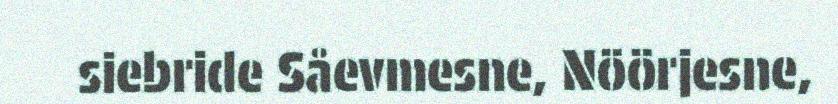
siebride Såevmesne, Nöörjesne,